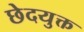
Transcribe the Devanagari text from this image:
छेदयुक्त